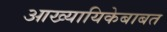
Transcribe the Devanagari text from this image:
आख्यायिकेबाबत